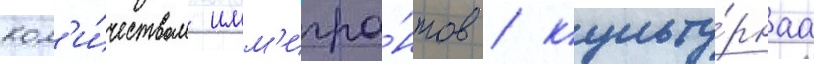
кол'и́чеством имм'игра́нтов / культу́рнаа